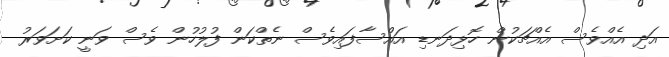
އަދި އެއްވެސް އެއްޗަކުން ހޮޅިދަނޑި އައްސާފައިވެސް ނެތްކަން ފުލުހުން ވެސް ވަނީ ކަށަވަރު